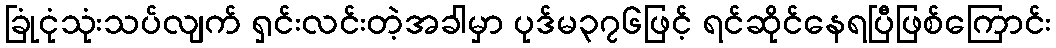
ခြုံငုံသုံးသပ်လျက် ရှင်းလင်းတဲ့အခါမှာ ပုဒ်မ၃၇၆ဖြင့် ရင်ဆိုင်နေရပြီဖြစ်ကြောင်း